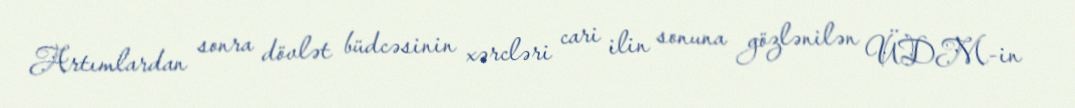
Artımlardan sonra dövlət büdcəsinin xərcləri cari ilin sonuna gözlənilən ÜDM-in